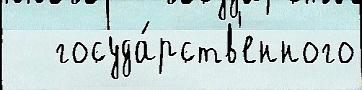
   госуда́рств'енного